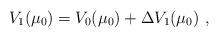
LaTeX: \begin{align*}V_1 (\mu_0) = V_0 (\mu_0) + {\Delta} V_1 (\mu_0) \ ,\end{align*}